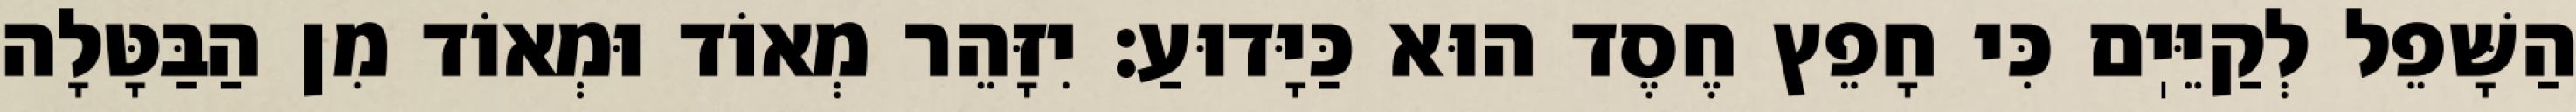
הַשָּׁפֵל לְקַיֵּיֽם כִּי חָפֵץ חֶסֶד הוּא כַּיָּדוּעַ: יִזָּהֵר מְאוֹד וּמְאוֹד מִן הַבַּטָּלָה